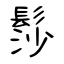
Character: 髿